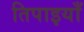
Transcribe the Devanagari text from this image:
तिपाइयाँ